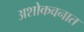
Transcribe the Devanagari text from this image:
अशोकवनात